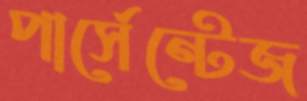
পার্সেন্টেজ